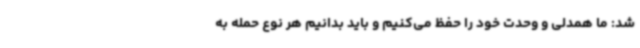
شد: ما همدلی و وحدت خود را حفظ می‌کنیم و باید بدانیم هر نوع حمله به